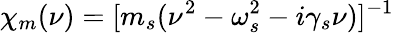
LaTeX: \chi_{m}(\nu)=[m_{s}(\nu^{2}-\omega_{s}^{2}-i\gamma_{s}\nu)]^{-1}